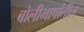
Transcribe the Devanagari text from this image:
बोलीभाषांतील